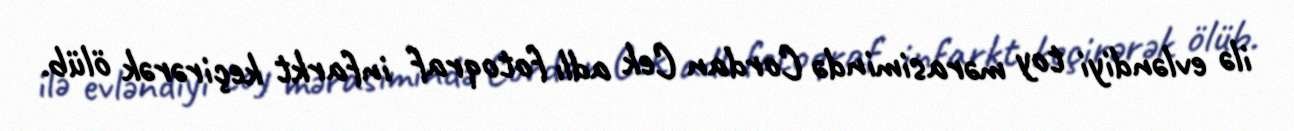
ilə evləndiyi toy mərasimində Cordan Cek adlı fotoqraf infarkt keçirərək ölüb.